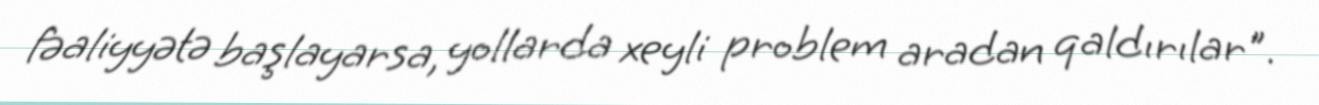
fəaliyyətə başlayarsa, yollarda xeyli problem aradan qaldırılar".